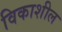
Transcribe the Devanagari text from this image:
विकाशील